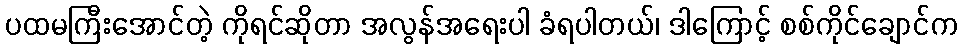
ပထမကြီးအောင်တဲ့ ကိုရင်ဆိုတာ အလွန်အရေးပါ ခံရပါတယ်၊ ဒါကြောင့် စစ်ကိုင်ချောင်က